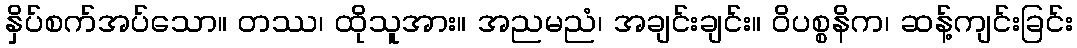
နှိပ်စက်အပ်သော။ တဿ၊ ထိုသူအား။ အညမညံ၊ အချင်းချင်း။ ဝိပစ္စနိက၊ ဆန့်ကျင်းခြင်း